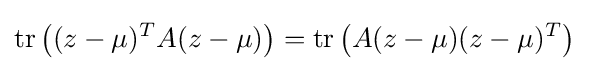
\operatorname {tr} \left({(z-\mu )^{T}A(z-\mu )}\right)=\operatorname {tr} \left({A(z-\mu )(z-\mu )^{T}}\right)